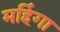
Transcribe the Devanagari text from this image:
महिंगा